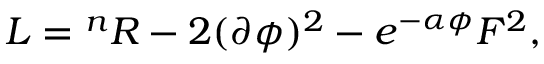
L = { } ^ { n } R - 2 ( \partial \phi ) ^ { 2 } - e ^ { - \alpha \phi } F ^ { 2 } ,